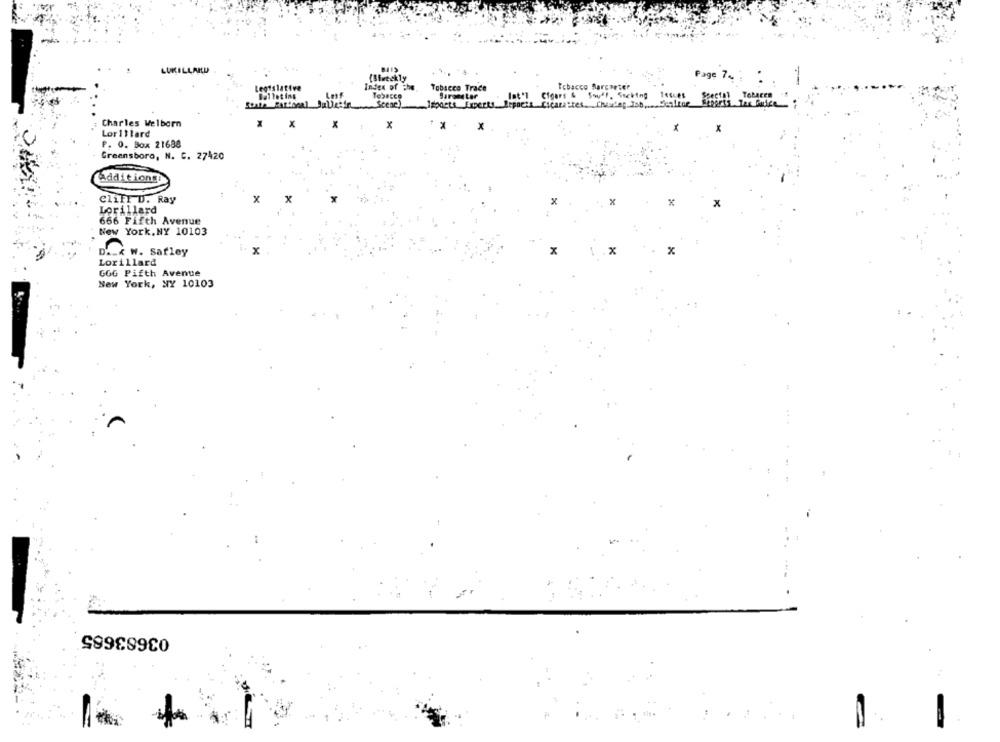
LUKILLARD
{Biweekly
Page 7.
Legislative
Index of The.
Tobacco Trace
Tobacco Marcaeter
Ballet ing
Tobacco
Barometer
Int 'l Cigars & Souff, Sucking 146-85
Tohacen
Scene)
Impacts Experts Erpoets Clearantes. Chaudaf Ish, Senffor
Charles Welborn
x
x
x
. .
×
X
LorIllard
P. O. Box 21688
Greensboro, N. C. 27420
additiongi
eliFT D. Ray
x
x
x
Lorillard
666 Fifth Avenue
New York, NY 10103
X
x
.X
D __ X W. Safley
Lorillard
GGG Pifth Avenue
New York, NY 10103
03683685
.......
=